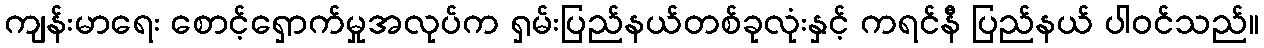
ကျန်းမာရေး စောင့်ရှောက်မှုအလုပ်က ရှမ်းပြည်နယ်တစ်ခုလုံးနှင့် ကရင်နီ ပြည်နယ် ပါဝင်သည်။